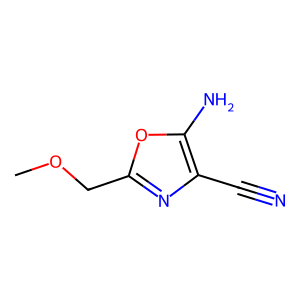
SMILES: COCc1nc(C#N)c(N)o1
Inhibits HIV replication: No